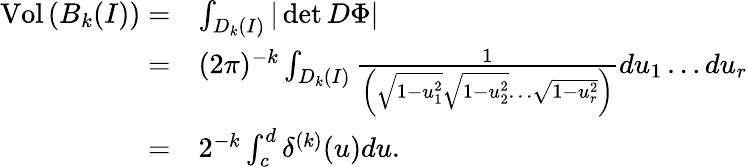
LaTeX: \begin{array}{rl}{\operatorname{Vol}\left(B_{k}(I)\right)=}&{\int_{D_{k}(I)}|\det D\Phi|}\\ {=}&{(2\pi)^{-k}\int_{D_{k}(I)}\frac{1}{\left(\sqrt{1-u_{1}^{2}}\sqrt{1-u_{2}^{2}}\dots\sqrt{1-u_{r}^{2}}\right)}du_{1}\dots du_{r}}\\ {=}&{2^{-k}\int_{c}^{d}\delta^{(k)}(u)du.}\end{array}